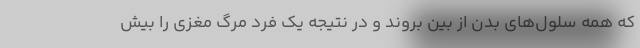
که همه سلول‌های بدن از بین بروند و در نتیجه یک فرد مرگ مغزی را بیش